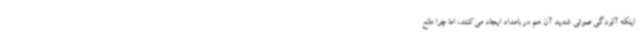
اینکه آلودگی صوتی شدید آن هم در بامداد ایجاد می‌کنند، اما چرا مانع